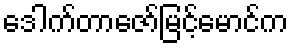
ဒေါက်တာဇော်မြင့်မောင်က